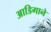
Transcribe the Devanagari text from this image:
आडिगाने